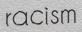
racism